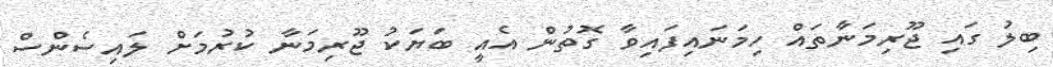
ބިލު ގައި ޖޫރިމަނާތައް ހިމަނައިފައިވާ ގޮތުން އެއީ ބަޔަކު ޖޫރިމަނާ ކުރުމަށް ލައިސެންސް